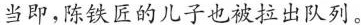
当即,陈铁匠的儿子也被拉出队列。